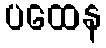
ပထေန